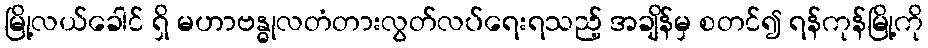
မြို့လယ်ခေါင် ရှိ မဟာဗန္ဓုလတံတားလွတ်လပ်ရေးရသည့် အချိန်မှ စတင်၍ ရန်ကုန်မြို့ကို